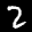
Label: 2